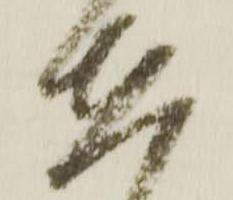
在